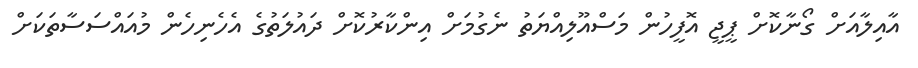
އާއިލާއަށް ގޯނާކޮށް ޕީޖީ އޮފީހުން މަސްއޫލިއްޔަތު ނެގުމަށް އިންކާރުކޮށް ދައުލަތުގެ އެހެނިހެން މުއައްސަސާތަކަށް